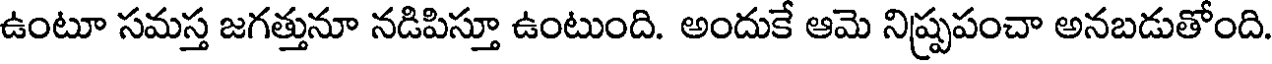
ఉంటూ సమస్త జగత్తునూ నడిపిస్తూ ఉంటుంది. అందుకే ఆమె నిష్ప్రపంచా అనబడుతోంది.